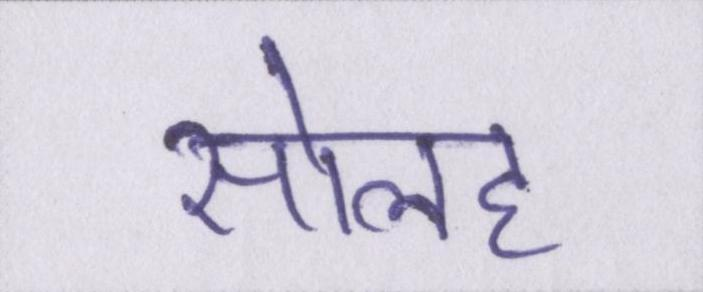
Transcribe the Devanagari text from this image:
सोलह